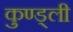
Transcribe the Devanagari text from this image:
कुण्ड्ली